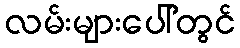
လမ်းများပေါ်တွင်